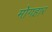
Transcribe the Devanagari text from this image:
मोगहार